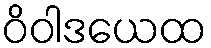
ဝိဝါဒယေထ